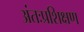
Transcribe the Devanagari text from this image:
अंतःप्रशिक्षण